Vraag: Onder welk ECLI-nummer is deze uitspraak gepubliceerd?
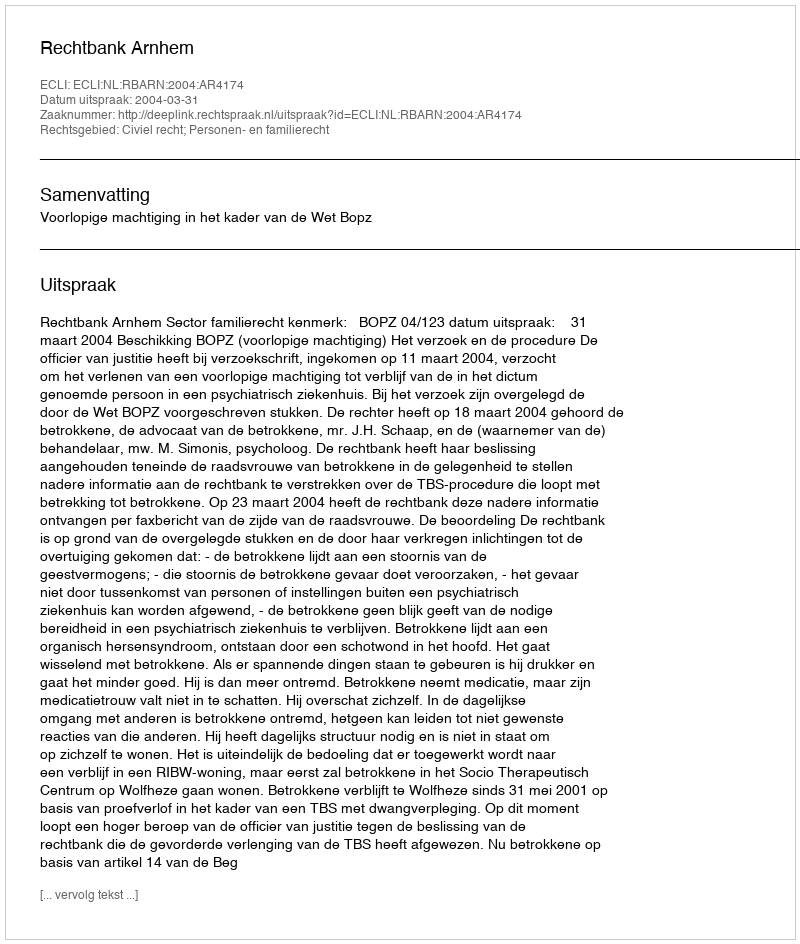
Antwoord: ECLI:NL:RBARN:2004:AR4174